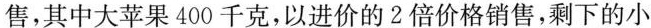
售，其中大苹果400千克，以进价的2倍价格销售，剩下的小